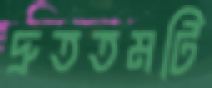
দ্রুততমটি